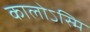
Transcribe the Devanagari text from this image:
कालोऽस्मि